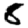
Digit: 8